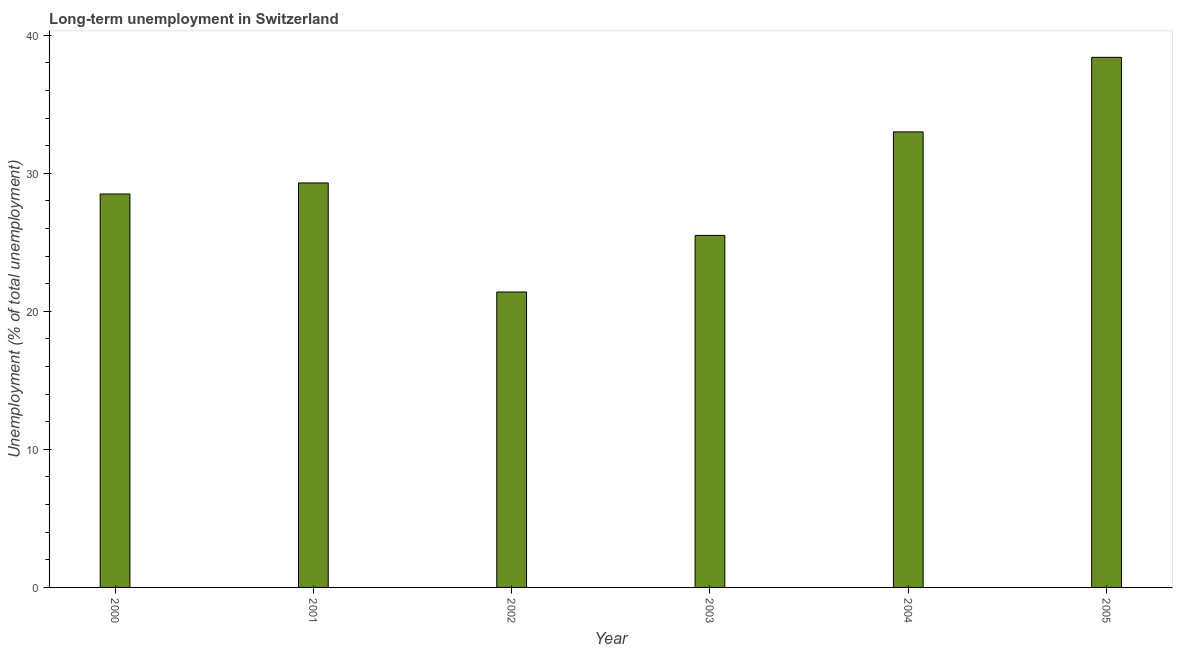
| Year | Long-term unemployment  |
 | --- | --- |
 | 2000 | 28.5 |
 | 2001 | 29.3 |
 | 2002 | 21.4 |
 | 2003 | 25.5 |
 | 2004 | 33 |
 | 2005 | 38.4 |